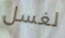
لغسل